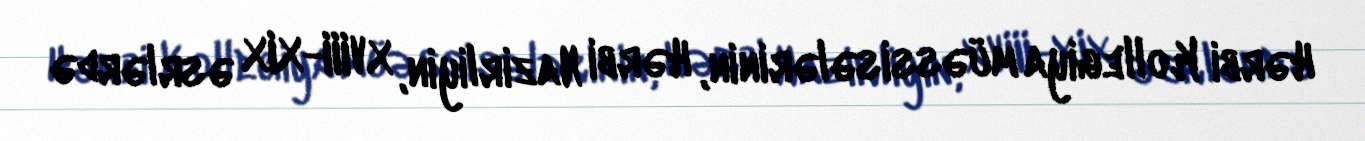
Hərbi Kollegiya müəssisələrinin, Hərbi Nazirliyin, XVIII-XIX əsrlərdə